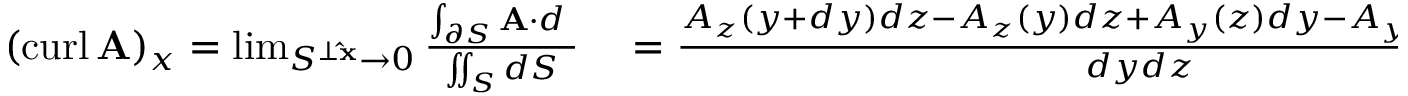
\begin{array} { r l } { ( \operatorname { c u r l } \mathbf { A } ) _ { x } = \operatorname* { l i m } _ { S ^ { \perp \mathbf { \hat { x } } } \to 0 } { \frac { \int _ { \partial S } \mathbf { A } \cdot d \mathbf { \ell } } { \iint _ { S } d S } } } & { { } = { \frac { A _ { z } ( y + d y ) d z - A _ { z } ( y ) d z + A _ { y } ( z ) d y - A _ { y } ( z + d z ) d y } { d y d z } } } \end{array}